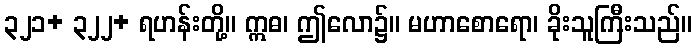
၃၂၁+ ၃၂၂+ ရဟန်းတို့။ ဣဓ၊ ဤလော၌။ မဟာစောရော၊ ခိုးသူကြီးသည်။